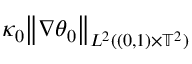
\kappa _ { 0 } \big \| \nabla { \theta } _ { 0 } \big \| _ { L ^ { 2 } ( ( 0 , 1 ) \times \ensuremath { \mathbb { T } } ^ { 2 } ) }